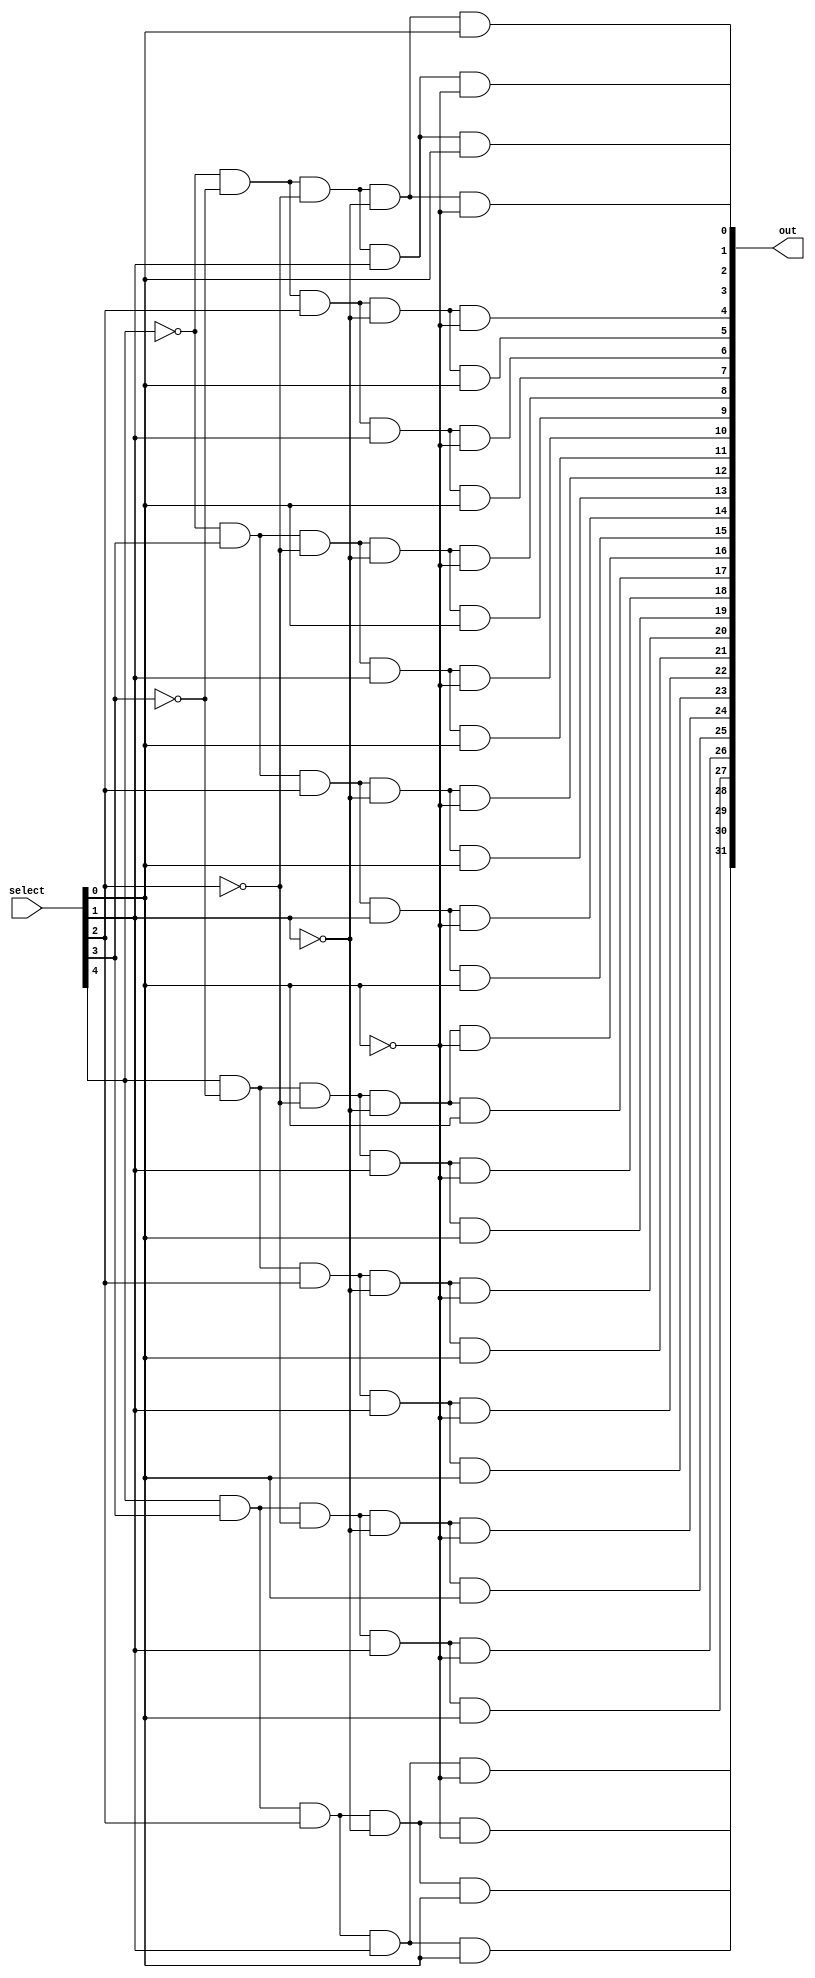
module Decd(select,out);

  input [4:0]select;
  output [31:0]out;
  
  wire [31:0]mid;
  wire n0,n1,n2,n3,n4;
  
  not not_gate0(n0,select[0]);
  not not_gate1(n1,select[1]);
  not not_gate2(n2,select[2]);
  not not_gate3(n3,select[3]);
  not not_gate4(n4,select[4]);

  and and_gate0(out[0],n4,n3,n2,n1,n0);  
  and and_gate1(out[1],n4,n3,n2,n1,select[0]);
  and and_gate2(out[2],n4,n3,n2,select[1],n0);
  and and_gate3(out[3],n4,n3,n2,select[1],select[0]);
  and and_gate4(out[4],n4,n3,select[2],n1,n0);
  and and_gate5(out[5],n4,n3,select[2],n1,select[0]);
  and and_gate6(out[6],n4,n3,select[2],select[1],n0);
  and and_gate7(out[7],n4,n3,select[2],select[1],select[0]);
  and and_gate8(out[8],n4,select[3],n2,n1,n0);
  and and_gate9(out[9],n4,select[3],n2,n1,select[0]);
  and and_gate10(out[10],n4,select[3],n2,select[1],n0);
  and and_gate11(out[11],n4,select[3],n2,select[1],select[0]);
  and and_gate12(out[12],n4,select[3],select[2],n1,n0);
  and and_gate13(out[13],n4,select[3],select[2],n1,select[0]);
  and and_gate14(out[14],n4,select[3],select[2],select[1],n0);
  and and_gate15(out[15],n4,select[3],select[2],select[1],select[0]);
  and and_gate16(out[16],select[4],n3,n2,n1,n0);
  and and_gate17(out[17],select[4],n3,n2,n1,select[0]); 
  and and_gate18(out[18],select[4],n3,n2,select[1],n0);
  and and_gate19(out[19],select[4],n3,n2,select[1],select[0]);
  and and_gate20(out[20],select[4],n3,select[2],n1,n0);
  and and_gate21(out[21],select[4],n3,select[2],n1,select[0]);
  and and_gate22(out[22],select[4],n3,select[2],select[1],n0);
  and and_gate23(out[23],select[4],n3,select[2],select[1],select[0]);
  and and_gate24(out[24],select[4],select[3],n2,n1,n0);
  and and_gate25(out[25],select[4],select[3],n2,n1,select[0]);
  and and_gate26(out[26],select[4],select[3],n2,select[1],n0);
  and and_gate27(out[27],select[4],select[3],n2,select[1],select[0]);
  and and_gate28(out[28],select[4],select[3],select[2],n1,n0);
  and and_gate29(out[29],select[4],select[3],select[2],n1,select[0]);
  and and_gate30(out[30],select[4],select[3],select[2],select[1],n0);
  and and_gate31(out[31],select[4],select[3],select[2],select[1],select[0]);

endmodule